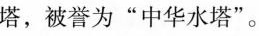
塔，被誉为“中华水塔”。